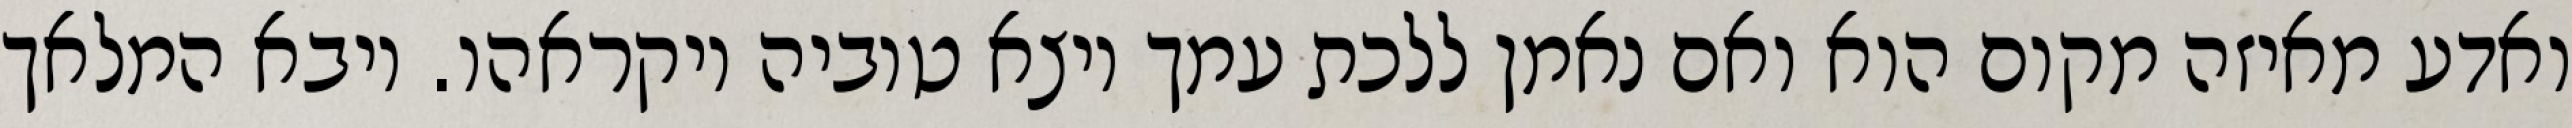
ואדע מאיזה מקום הוא ואם נאמן ללכת עמך ויצא טוביה ויקראהו. ויבא המלאך